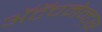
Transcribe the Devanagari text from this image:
अॅटॅचमेन्ट्‌स